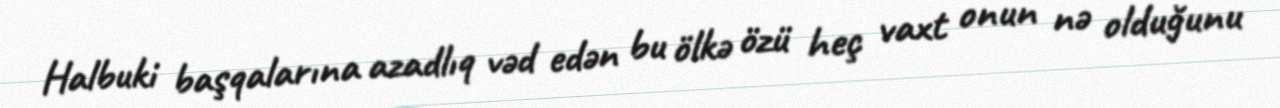
Halbuki başqalarına azadlıq vəd edən bu ölkə özü heç vaxt onun nə olduğunu